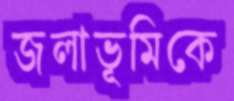
জলাভূমিকে